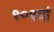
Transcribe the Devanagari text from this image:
१०१वां